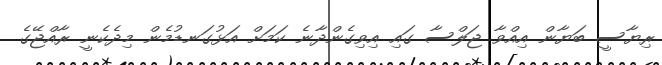
ރިޔާސީ ބަޔާން އިއްވާ ޖަލްސާ ގައި އިވިގެންދާނެ ކަމަށް އަޅުގަނޑުމެން މިދެކެނީ ރާއްޖޭގެ